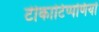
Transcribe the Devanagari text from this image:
टीकाटिप्पणियों